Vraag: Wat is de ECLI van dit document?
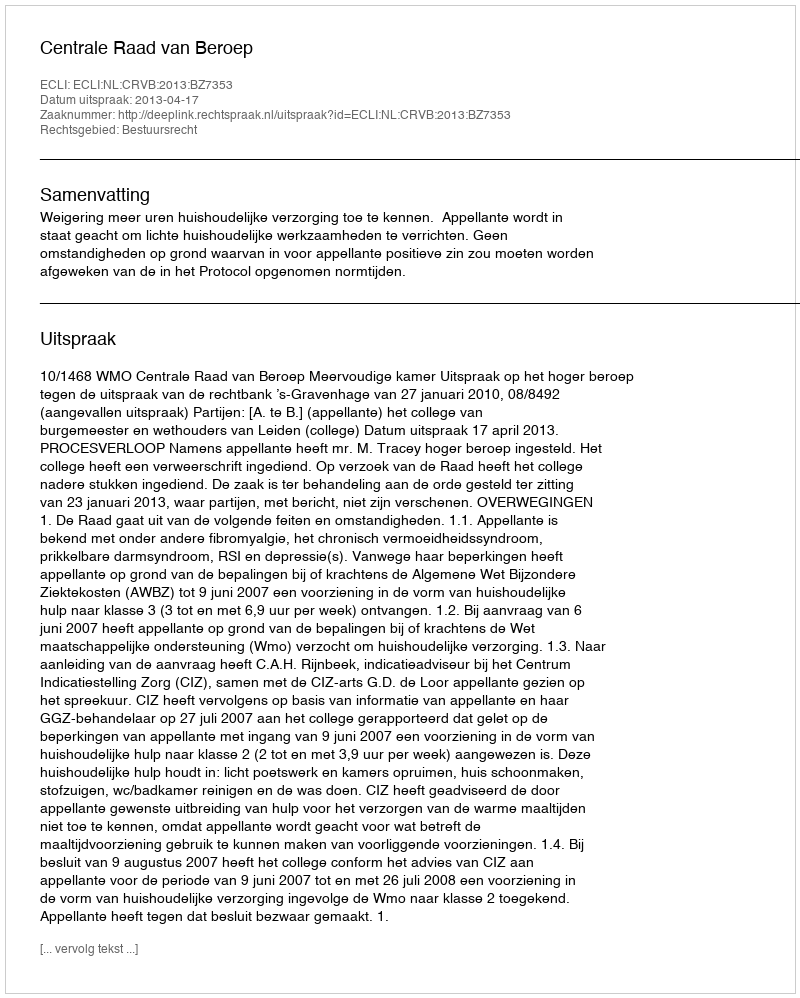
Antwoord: ECLI:NL:CRVB:2013:BZ7353